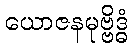
ယောဇနမုဗ္ဗိဒ္ဓံ